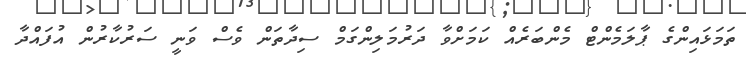
ތަމަޅައިންގެ ޕާލަމެންޓް މެންބަރެއް ކަމަށްވާ ދަރުމަލިންގަމް ސިދާތަން ވެސް ވަނީ ސަރުކާރުން އުފައްދާ